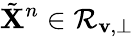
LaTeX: \tilde{\mathbf{X}}^{n}\in\mathcal{R}_{\mathbf{v},\perp}